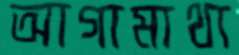
আগামাথা